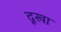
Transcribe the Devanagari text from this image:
दूखा